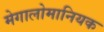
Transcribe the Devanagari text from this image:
मेगालोमानियक